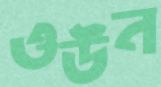
ওউন